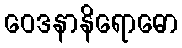
ဝေဒနာနိရောဓော